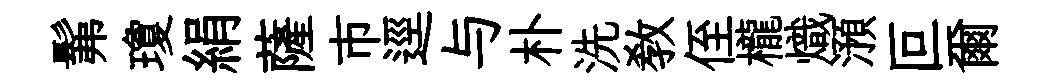
髴瓊絹薩市逕与朴洗教侄櫳熾澦叵爾